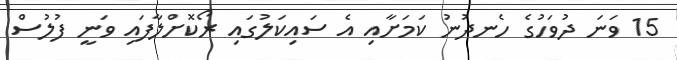
15 ވަނަ ދުވަހުގެ ހެނދުނު ކަމަށާއި އެ ސައިކަލުގައި ރޯކޮށްލާފައި ވަނީ ފުލުސް